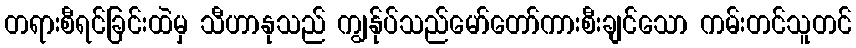
တရားစီရင်ခြင်းထဲမှ သီဟာနုသည် ကျွန်ုပ်သည်မော်တော်ကားစီးချင်သော ကမ်းတင်သူတင်